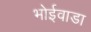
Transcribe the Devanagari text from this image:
भोईवाडा